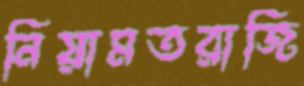
নিয়ামতরাজি